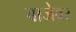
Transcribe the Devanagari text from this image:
बाजेवर